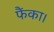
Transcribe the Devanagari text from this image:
फैंका।